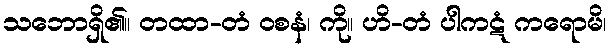
သဘောရှိ၏။ တထာ-တံ ဝစနံ၊ ကို။ ဟိ-တံ ပါကဋံ ကရောမိ၊